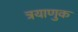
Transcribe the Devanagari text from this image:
त्रयाणुक